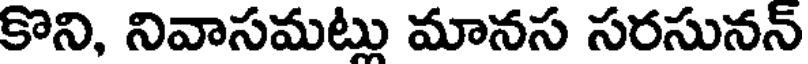
కొని, నివాసమట్లు మానస సరసునన్